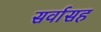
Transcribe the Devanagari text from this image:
सर्वासह